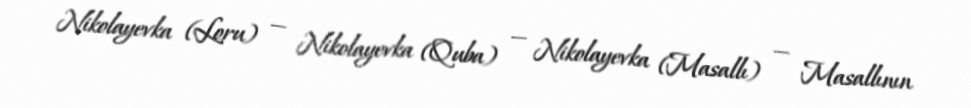
Nikolayevka (Loru) — Nikolayevka (Quba) — Nikolayevka (Masallı) — Masallının